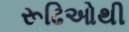
રૂઢિઓથી